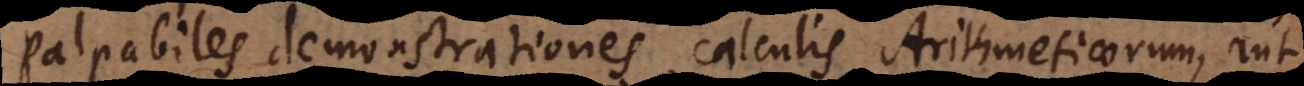
palpabiles demonstrationes, calculis Arithmeticorum, aut